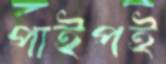
পাইপই